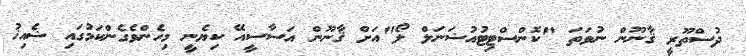
ދުސްތޫރީ ޤާނޫން ނުވަތަ "ކޮންސްޓިޓުއުޝަނަލް ލޯ"އަށް ޤާނޫން އަސާސީއޭ ކިޔެނީ މިހެންވެގެންކަމުގައި ޝެއިޚު